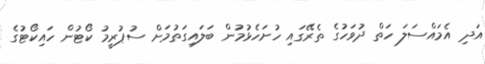
އަދި އެމައްސަލަ ހަތް ދުވަހުގެ ތެރޭގައި ހުށަހެޅުމުން ބަލައިގަތުމަށް ސުޕުރީމު ކޯޓުން ހައިކޯޓުގެ